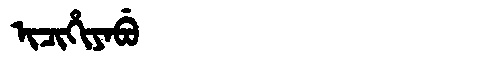
Manchu: ᡳᠴᡳᡥᡳᠶᠠᠪᡠ
Romanization: ICIHIYABU